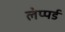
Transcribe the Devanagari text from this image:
लेप्पर्ड